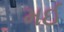
મઈ